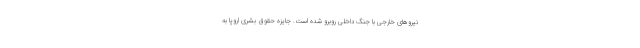
نیروهای خارجی با جنگ داخلی روبرو شده ‌است. جایزه حقوق بشری اروپا به